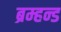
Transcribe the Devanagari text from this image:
ब्रम्हन्ड